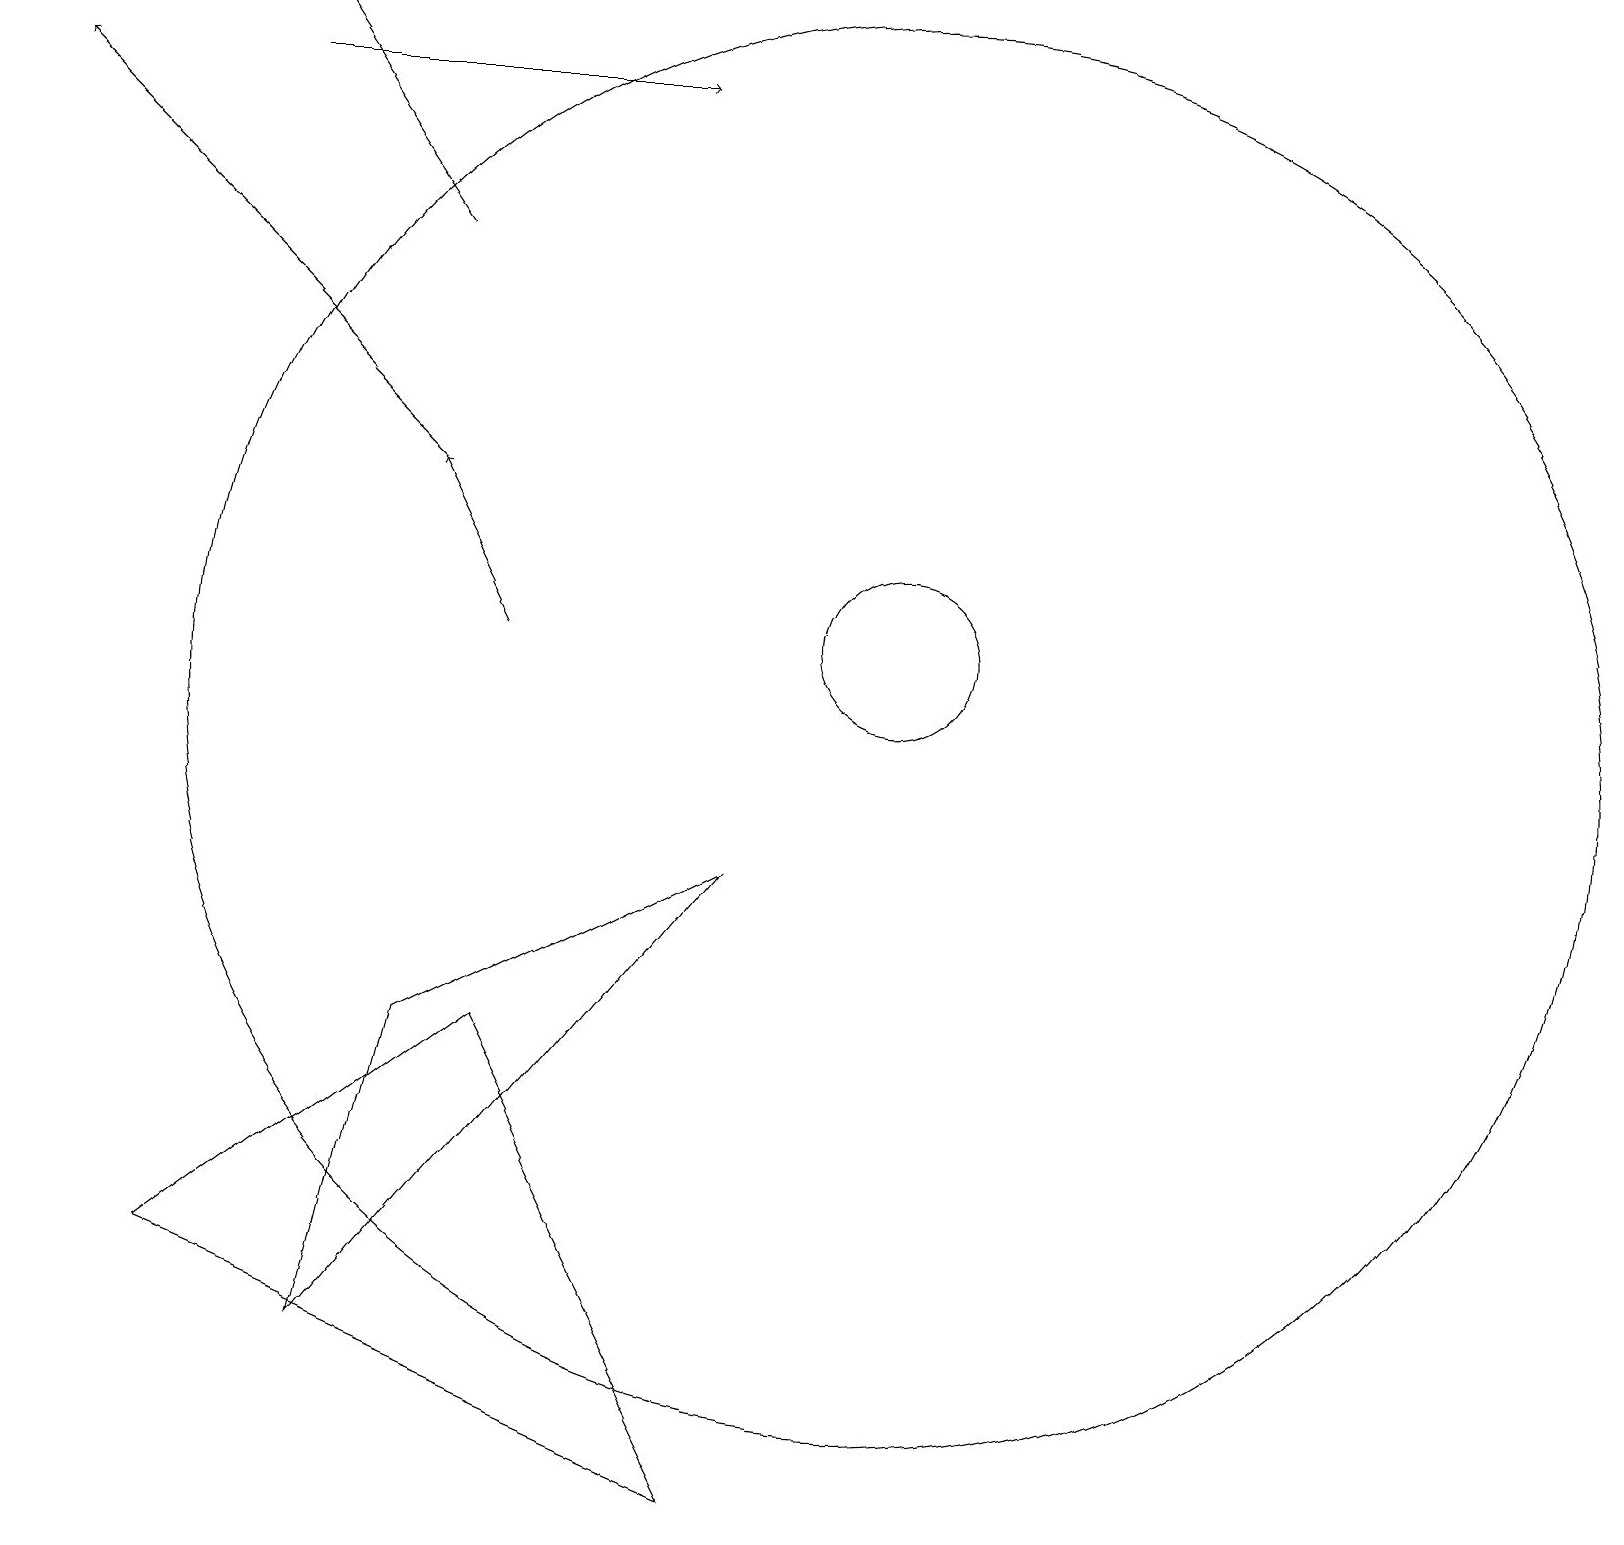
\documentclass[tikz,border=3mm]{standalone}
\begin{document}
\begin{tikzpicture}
\draw[->] (6,11) -- (5,13);
\draw (2,3) -- (9,0) -- (6,6) -- cycle;
\draw (11,11) circle (1);
\draw[->] (5,16) -- (3,19);
\draw (5,6) -- (4,2) -- (9,8) -- cycle;
\draw (11,10) circle (9);
\draw[->] (5,13) -- (0,18);
\draw[->] (3,18) -- (8,18);
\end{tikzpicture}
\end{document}